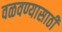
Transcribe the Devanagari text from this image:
वळवण्यासाठी